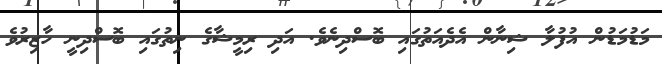
މަޑުމަޑުން އުފުލާ ޝިނާން އެދެއަތުގައި ބޮސްދިނެވެ. އަދި ރިމީޝާގެ ނިތުގައި ބޮސްދިނީ ހާޒިރުވެ